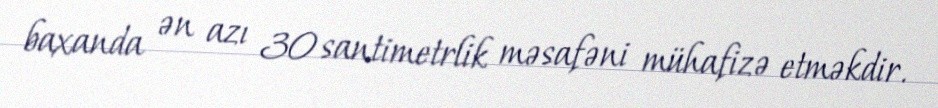
baxanda ən azı 30 santimetrlik məsafəni mühafizə etməkdir.